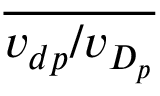
\overline { { v _ { d p } / v _ { D _ { p } } } }